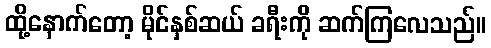
ထို့နောက်တော့ မိုင်နှစ်ဆယ် ခရီးကို ဆက်ကြလေသည်။